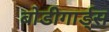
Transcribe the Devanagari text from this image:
बोडीगार्ड्स